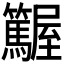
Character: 𡳽